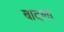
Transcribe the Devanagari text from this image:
बादला